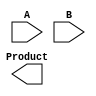
module FaultTolerantWallaceTreeMultiplier #(
    parameter N = 4 // Bit-width for inputs A and B
) (
    input  [N-1:0] A,
    input  [N-1:0] B,
    output reg [2*N-1:0] Product
);

    // Partial product generation
    wire [N-1:0] partial_products[N-1:0];

    generate
        genvar i, j;
        for (i = 0; i < N; i = i + 1) begin : pp_gen
            for (j = 0; j < N; j = j + 1) begin : pp_and
                assign partial_products[i][j] = A[i] & B[j];
            end
        end
    endgenerate

    // Wallace Tree Reduction
    wire [N-1:0] sum_0 [N-1:0]; // First layer of sums
    wire [N-1:0] carry_0 [N-1:0]; // First layer of carries

    // Redundancy: TMR for adders
    wire [N-1:0] sum_1 [N-1:0][2:0]; // Second layer of sums
    wire [N-1:0] carry_1 [N-1:0][2:0]; // Second layer of carries

    // Majority voting logic for each bit
    function [N-1:0] majority_vote;
        input [N-1:0] a, b, c;
        begin
            majority_vote = (a & b) | (b & c) | (c & a);
        end
    endfunction

    // First level of Wallace Tree Reduction
    generate
        for (i = 0; i < N; i = i + 1) begin : wallace_reduction
            if (i < N-1) begin
                assign {carry_0[i][i], sum_0[i][i]} = partial_products[i][2*i] + partial_products[i][2*i+1];
            end
            else begin
                assign sum_0[i][i] = partial_products[i][i];
                assign carry_0[i][i] = 0;
            end
        end
    endgenerate

    // Second layer (TMR adders)
    generate
        for (i = 0; i < N-1; i = i + 1) begin : tmr_adders
            // Using TMR for the adders
            wire [N-1:0] a, b, c;

            assign a = sum_0[i][i];
            assign b = carry_0[i][i];
            assign c = carry_0[i+1][i];

            assign {carry_1[i][0], sum_1[i][0]} = a + b;
            assign {carry_1[i][1], sum_1[i][1]} = b + c;
            assign {carry_1[i][2], sum_1[i][2]} = c + a;
        end
    endgenerate

    // Final addition (TMR)
    wire [2*N-1:0] final_sum;
    wire [2*N-1:0] final_carry;

    assign final_sum = majority_vote(sum_1[N-2][0], sum_1[N-2][1], sum_1[N-2][2]);
    assign final_carry = majority_vote(carry_1[N-2][0], carry_1[N-2][1], carry_1[N-2][2]);

    always @(*) begin
        Product = final_sum + final_carry;
    end

endmodule